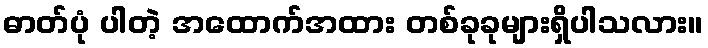
ဓာတ်ပုံ ပါတဲ့ အထောက်အထား တစ်ခုခုများရှိပါသလား။